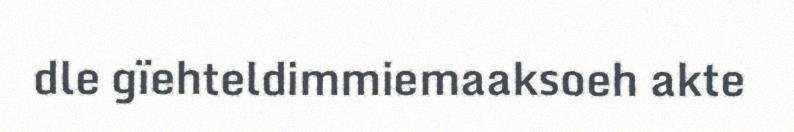
dle gïehteldimmiemaaksoeh akte